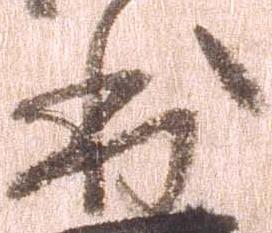
出